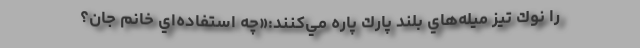
را نوك تيز ميله‌هاي بلند پارك پاره مي‌كنند:«چه استفاده‌اي خانم جان؟